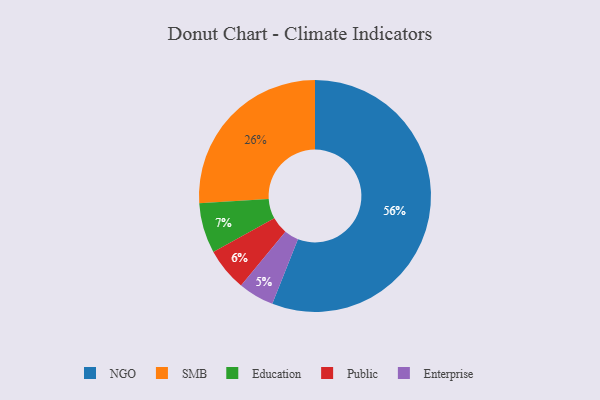
{"axis": {"x": "Category", "y": "Percentage"}, "legend": ["Education", "Enterprise", "NGO", "Public", "SMB"], "data": [{"x": "Public", "y": 6, "type": "Public"}, {"x": "NGO", "y": 56, "type": "NGO"}, {"x": "Education", "y": 7, "type": "Education"}, {"x": "Enterprise", "y": 5, "type": "Enterprise"}, {"x": "SMB", "y": 26, "type": "SMB"}]}